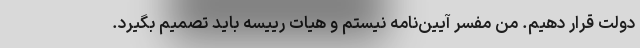
دولت قرار دهیم. من مفسر آیین‌نامه نیستم و هیات رییسه باید تصمیم بگیرد.